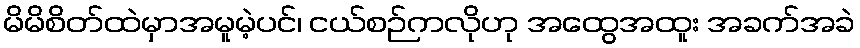
မိမိစိတ်ထဲမှာအမူမဲ့ပင်၊ ငယ်စဉ်ကလိုဟု အထွေအထူး အခက်အခဲ